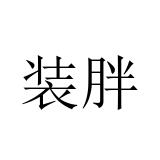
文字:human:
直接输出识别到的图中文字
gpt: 装胖